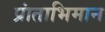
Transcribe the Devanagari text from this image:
प्रांताभिमान